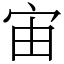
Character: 宙